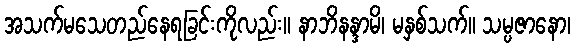
အသက်မသေတည်နေရခြင်းကိုလည်း။ နာဘိနန္ဒာမိ၊ မနှစ်သက်။ သမ္ပဇာနော၊